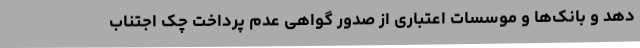
دهد و بانک‌ها و موسسات اعتباری از صدور گواهی عدم پرداخت چک اجتناب